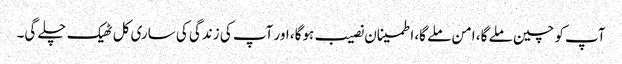
آپ کو چین ملے گا، امن ملے گا، اطمینان نصیب ہوگا، اور آپ کی زندگی کی ساری کل ٹھیک چلے گی۔